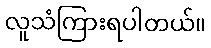
လူသံကြားရပါတယ်။